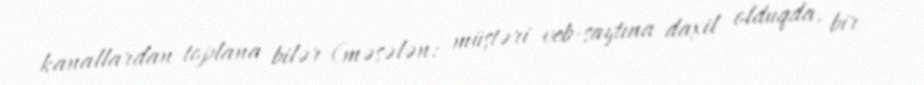
kanallardan toplana bilər (məsələn: müştəri veb-saytına daxil olduqda, bir